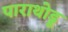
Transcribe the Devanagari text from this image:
पाराथोडू